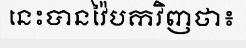
នេះបានវ៉ៃបកវិញថា៖